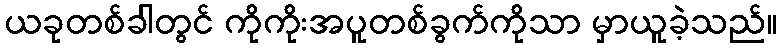
ယခုတစ်ခါတွင် ကိုကိုးအပူတစ်ခွက်ကိုသာ မှာယူခဲ့သည်။